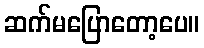
ဆက်မပြောတော့ပေ။